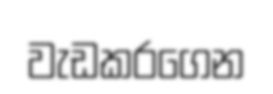
වැඩකරගෙන